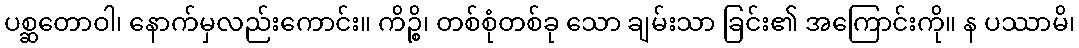
ပစ္ဆတောဝါ၊ နောက်မှလည်းကောင်း။ ကိဉ္စိ၊ တစ်စုံတစ်ခု သော ချမ်းသာ ခြင်း၏ အကြောင်းကို။ န ပဿာမိ၊